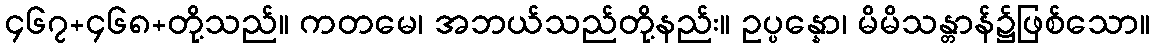
၄၆၇+၄၆၈+တို့သည်။ ကတမေ၊ အဘယ်သည်တို့နည်း။ ဥပ္ပန္နော၊ မိမိသန္တာန်၌ဖြစ်သော။